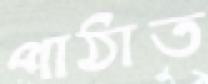
পাঠাত